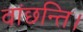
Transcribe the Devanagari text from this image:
वांछन्ति।